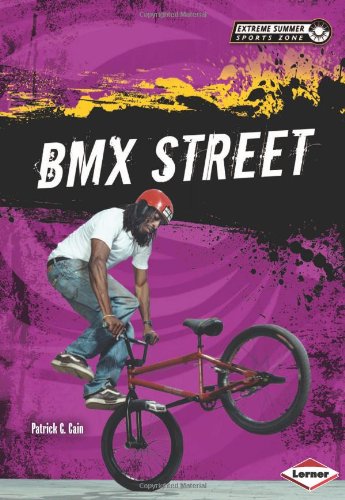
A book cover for Bmx Street (Extreme Summer Sports Zone); Patrick G. Cain; Children's Books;